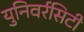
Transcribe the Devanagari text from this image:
युनिवर्रसिटी